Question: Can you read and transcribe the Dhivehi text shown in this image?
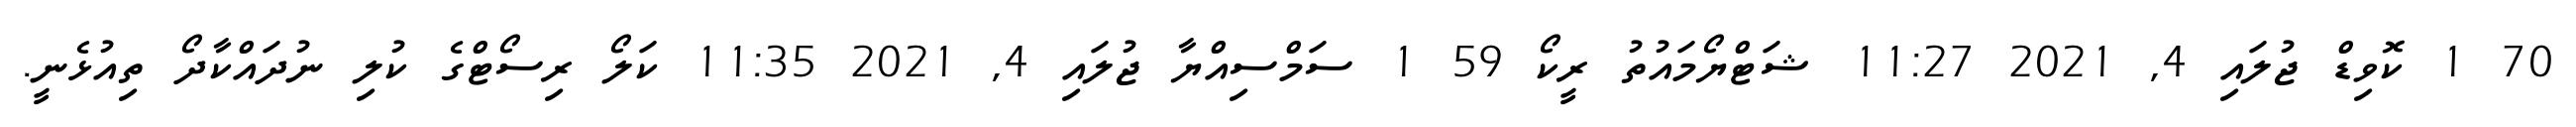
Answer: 70 1 ކޮވިޑް ޖުލައި 4, 2021 11:27 ޝަޓްޔޯމައުތު ރީކޯ 59 1 ސަމްސިއްޔާ ޖުލައި 4, 2021 11:35 ކަލޯ ރިސޯޓްގެ ކުލި ނުދައްކާދޯ ތިއުޅެނީ.